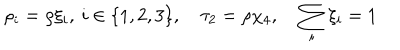
LaTeX: \rho _ { i } = \rho \xi _ { i } , \: i \in \{ 1 , 2 , 3 \} , \quad \tau _ { 2 } = \rho \chi _ { 4 } , \quad \sum _ { i } \xi _ { i } = 1